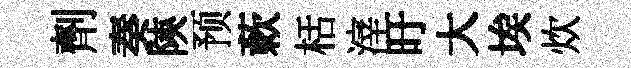
劑奏陝预蔌栝滓旴大埃炊